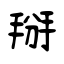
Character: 掰